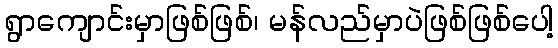
ရွာကျောင်းမှာဖြစ်ဖြစ်၊ မန်လည်မှာပဲဖြစ်ဖြစ်ပေါ့